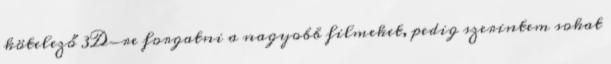
kötelező 3D-re forgatni a nagyobb filmeket, pedig szerintem sokat